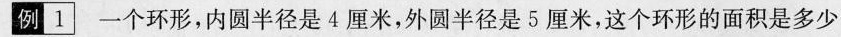
例1一个环形，内圆半径是4厘米，外圆半径是5厘米，这个环形的面积是多少